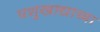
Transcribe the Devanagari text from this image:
पशुखाद्याच्या